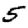
Digit: 5